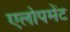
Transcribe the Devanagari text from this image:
एलोपमेंट